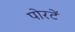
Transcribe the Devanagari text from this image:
पोरटें